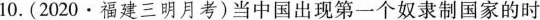
10.(2020·福建三明月考)当中国出现第一个奴隶制国家的时